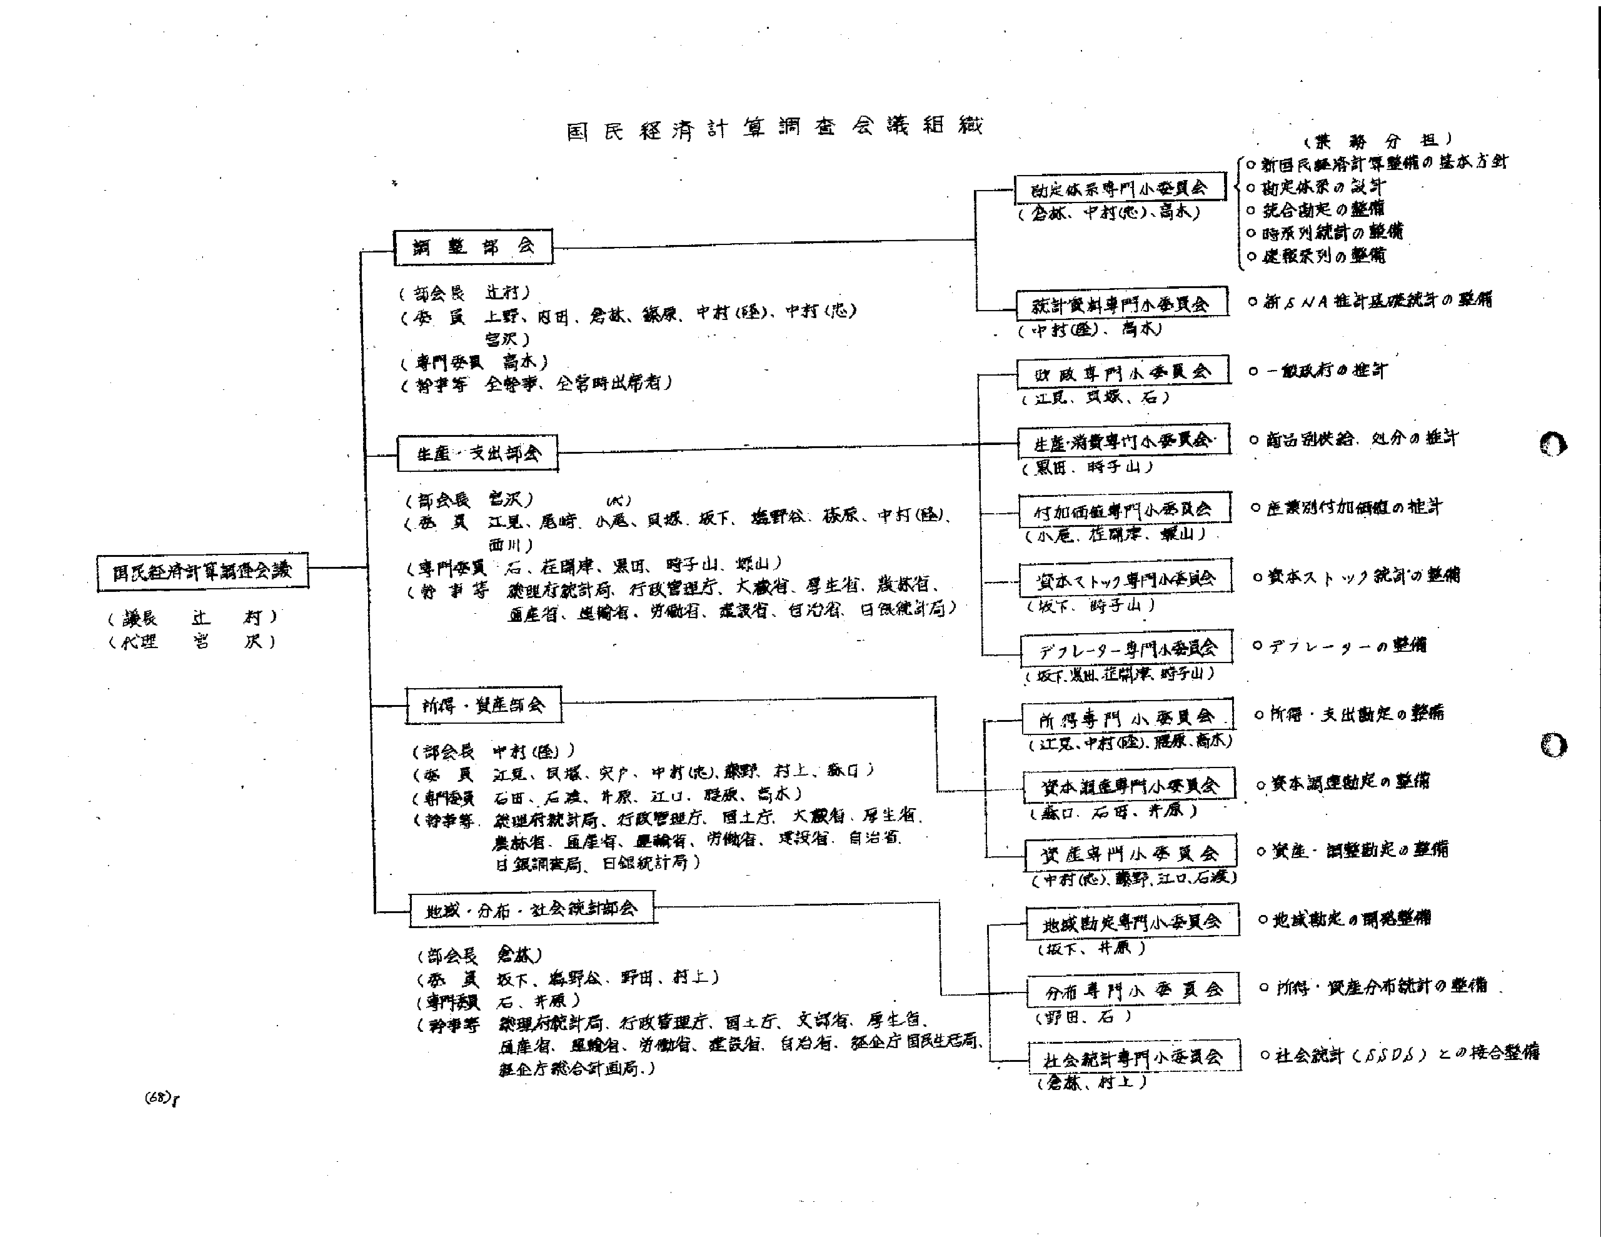
国民経済計算調査会議組織

（業務分担）
○新国民経済計算整備の基本方針
○勘定体系の設計
○統合勘定の整備
○時系列統計の整備
○連報系列の整備

国民経済計算調査会議
（議長 辻村）
（代理 岩沢）

調整部会
（部会長 辻村）
（委員 上野、田口、倉林、篠原、中村（隆）、中村（忠）、
　　岩沢）
（専門委員 高木）
（幹事等 全幹事、全管財出向者）

生産・支出部会
（部会長 岩沢）
（委員 江見、尾崎、小尾、貝塚、坂下、梅野谷、篠原、中村（隆）、
　　西川）
（専門委員 石、庄岡津、黒田、時子山、堀山）
（幹事等 総理府統計局、行政管理庁、大蔵省、厚生省、農林省、
　　通産省、運輸省、労働省、建設省、自治省、日銀統計局）

所得・資産部会
（部会長 中村（隆））
（委員 江見、貝塚、矢戸、中村（忠）、藤野、村上、森口）
（専門委員 石田、石渡、井原、江口、野原、高木）
（幹事等 総理府統計局、行政管理庁、国土庁、大蔵省、厚生省、
　　農林省、通産省、運輸省、労働省、建設省、自治省、
　　日銀調査局、日銀統計局）

地域・分布・社会統計部会
（部会長 倉林）
（委員 坂下、梅野谷、野田、村上）
（専門委員 石、井原）
（幹事等 総理府統計局、行政管理庁、国土庁、文部省、厚生省、
　　通産省、運輸省、労働省、建設省、自治省、総企庁国民生活局、
　　総企庁統合計画局）

勘定体系専門小委員会
（倉林、中村（忠）、高木）

統計資料専門小委員会
（中村（隆）、高木）

行政専門小委員会
（江見、貝塚、石）

生産消費専門小委員会
（黒田、時子山）

付加価値専門小委員会
（小尾、庄岡津、堀山）

資本ストック専門小委員会
（坂下、時子山）

デフレーター専門小委員会
（坂下、黒田、庄岡津、時子山）

所得専門小委員会
（江見、中村（隆）、篠原、高木）

資本調達専門小委員会
（森口、石渡、井原）

資産専門小委員会
（中村（忠）、藤野、江口、石渡）

地域勘定専門小委員会
（坂下、井原）

分布専門小委員会
（野田、石）

社会統計専門小委員会
（倉林、村上）

○新SNA推計基礎統計の整備
○一般政府の推計
○商品別供給・処分の推計
○産業別付加価値の推計
○資本ストック統計の整備
○デフレーターの整備
○所得・支出勘定の整備
○資本調達勘定の整備
○資産・調整勘定の整備
○地域勘定の開発整備
○所得・資産分布統計の整備
○社会統計（SDS）との接合整備

(68)